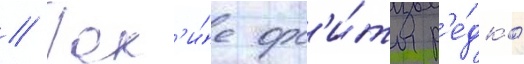
// Так'и́е орб'и́ты р'е́дко